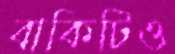
বাকিটিও